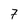
Character: 7